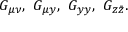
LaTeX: G _ { \mu \nu } , \ G _ { \mu y } , \ G _ { y y } , \ G _ { z \bar { z } } .